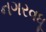
નગરવધૂ